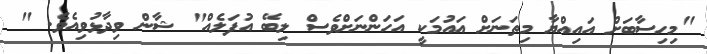
"މިހިސާބަށް އައިއްޔާ މިތަނަށް އައުމަކީ އަހަންނަށްވެސް ލިބޭ އުފަލެއް" ޝާން ވިދާޅުވިއެވެ. "